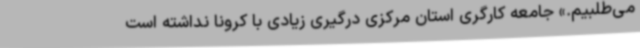
می‌طلبیم.» جامعه کارگری استان مرکزی درگیری زیادی با کرونا نداشته است